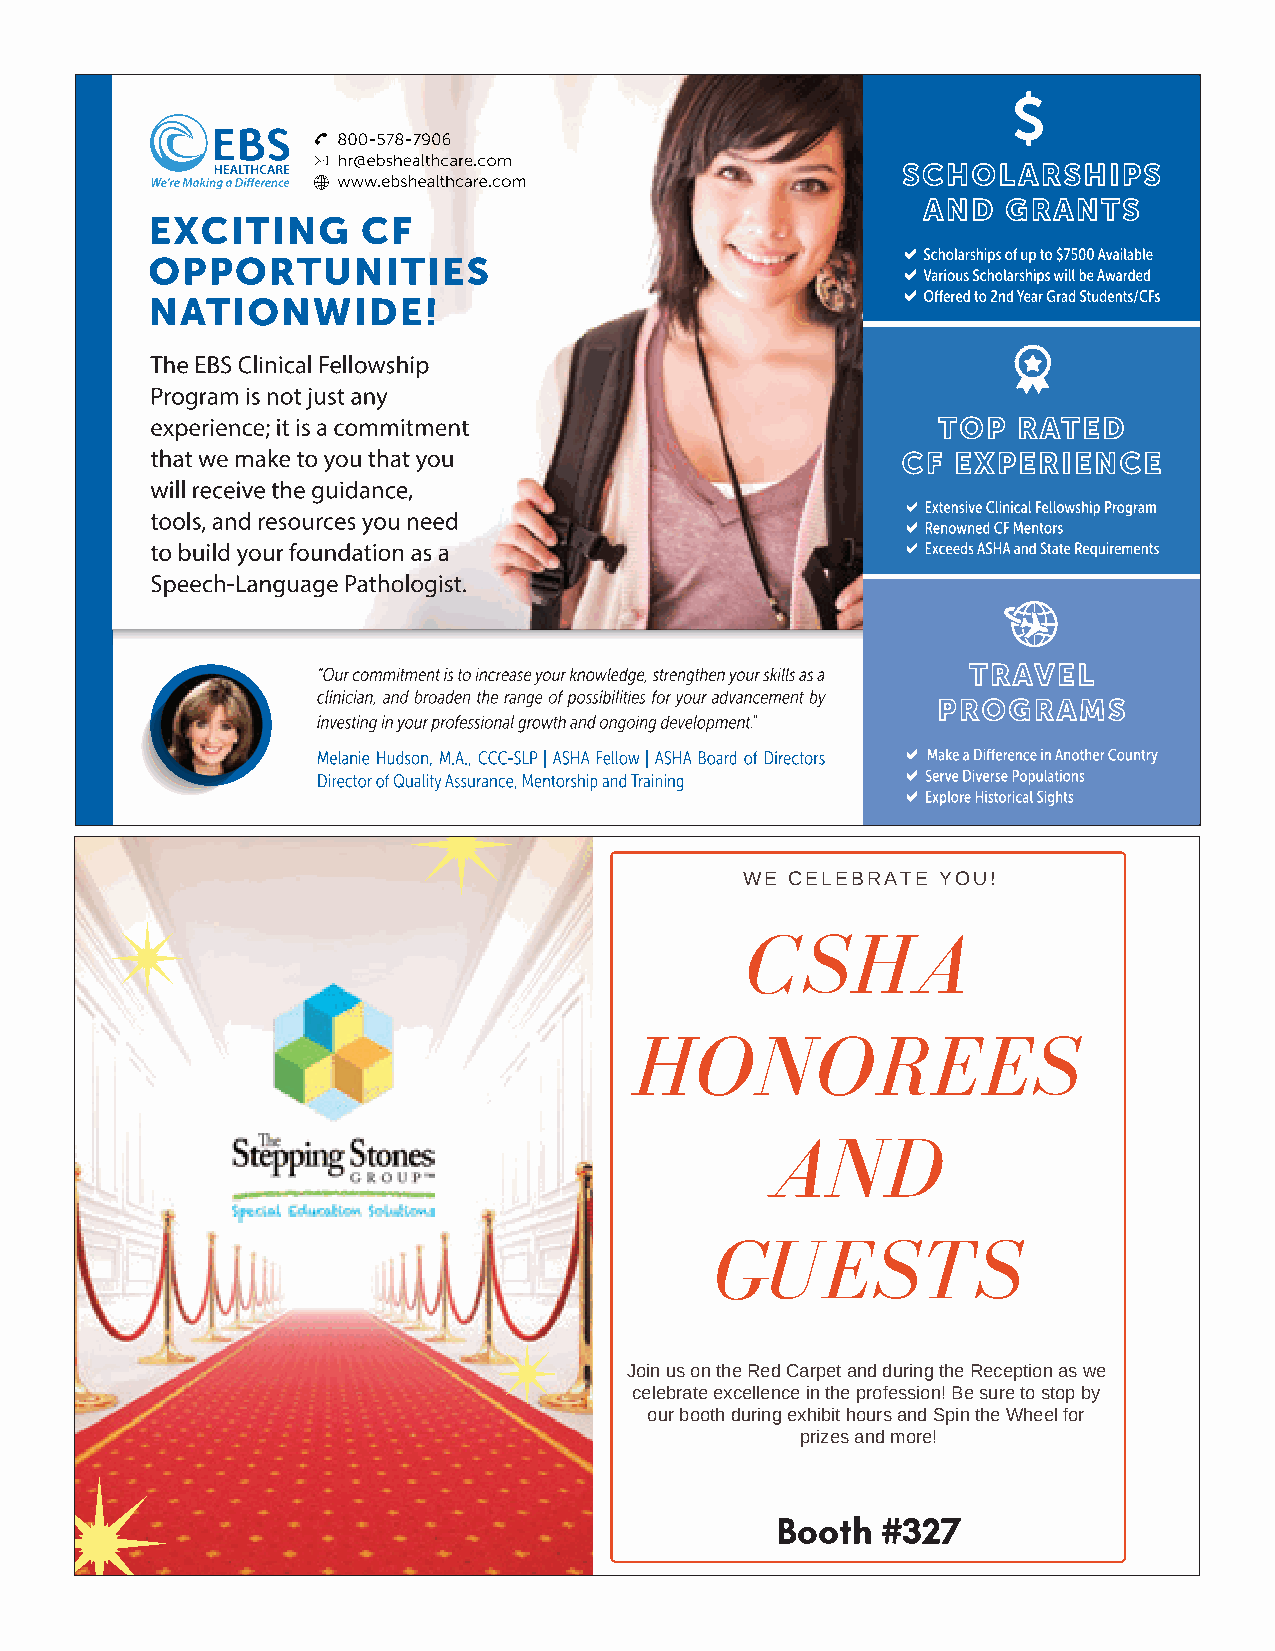
WE CELEBRATE YOU!
 CSHA
 HONOREES
 AND
 GUESTS
 Join us on the Red Carpet and during the Reception as we
 celebrate excellence in the profession! Be sure to stop by
 our booth during exhibit hours and Spin the Wheel for
 prizes and more!